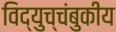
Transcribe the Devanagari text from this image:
विद्युच्चंबुकीय